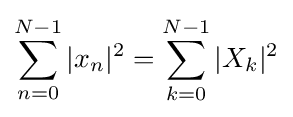
\sum _{n=0}^{N-1}|x_{n}|^{2}=\sum _{k=0}^{N-1}|X_{k}|^{2}